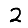
Digit: 2